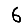
Digit: 6